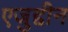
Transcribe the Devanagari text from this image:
एजुद्दीन